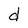
Character: d